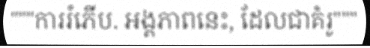
"""ការរំភើប. អង្គភាពនេះ, ដែលជាគំរូ"""